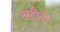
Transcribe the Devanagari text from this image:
अटौला